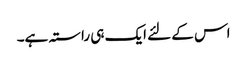
اس کے لئے ایک ہی راستہ ہے۔